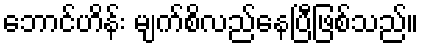
ဘောင်ဟိန်း မျက်စိလည်နေပြီဖြစ်သည်။